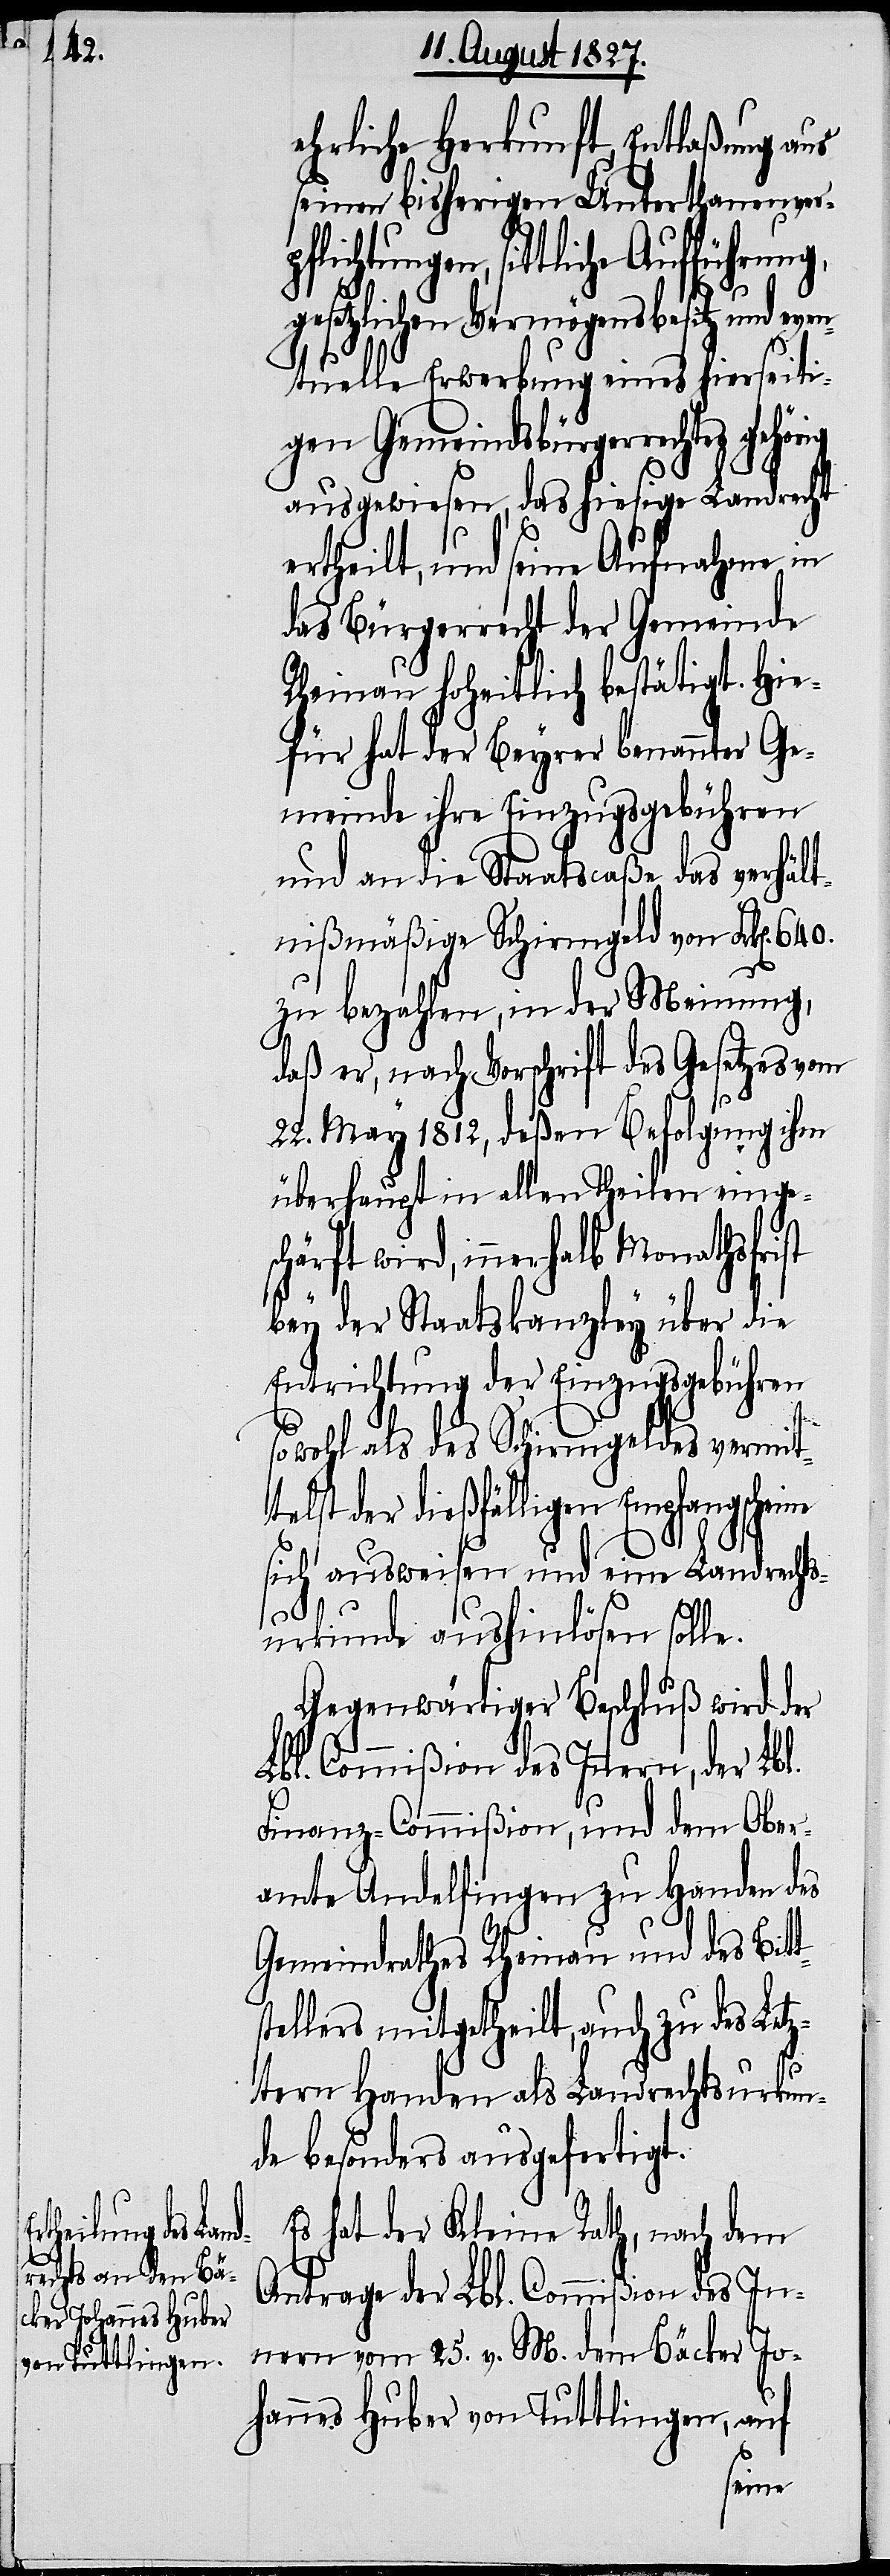
640.

und dem Ober¬

ehrliche Herkunft, Entlaßung aus
seinen bisherigen Unterthanenverp¬
setzlichen Vermögensbesitz und eve¬
ntuelle Erwerbung eines hierseiti¬
gen Gemeindsbürgerrechtes
ausgewiesen, das hiesige Landrecht
ertheilt, und seine Aufnahme in
das Bürgerrecht der Gemeinde
Rheinau hoheitlich bestätigt. Hie¬
für hat der Beyrer benannter Ge¬
meinde ihre Einzugsgebühren
und an die Staatscaße das verhält¬
nißmäßige Schirmgeld von Frk[en].
zu bezahlen, in der Meinung,
daß er, nach Vorschrift des Gesetzes vom
22. May 1812, deßen Befolgung ihm
überhaupt in allen Theilen eingesc¬
härft wird, innerhalb Monathsfrist
bey der Staatskanzley über die
Entrichtung der Einzugsgebühren
sowohl als des Schirmgeldes vermitt¬
elst der dießfälligen Empfangssch¬
sich ausweisen und eine Landrechts¬
urkunde aushinlösen solle.
Gegenwärtiger Beschluß wird der
s¬
amte Andelfingen zu Handen des
Gemeindrathes Rheinau und des Bitt¬
tellers mitgetheilt, auch zu des Letz¬
tern Handen als Landrechtsurkun¬
de besonders ausgefertigt.
Es hat der Kleine Rath, nach dem
Antrage der Lbl. Commißion des In¬
nern vom 25. v. M. dem Bäcker Jo¬
hannes Huber von Tuttlingen, auf
eine